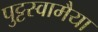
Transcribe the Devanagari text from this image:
पुट्टस्वामैया